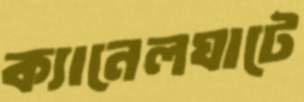
ক্যানেলঘাটে